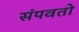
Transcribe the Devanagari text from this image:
संपवतो